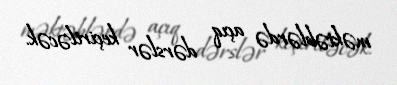
məktəblərdə açıq dərslər keçiriləcək.